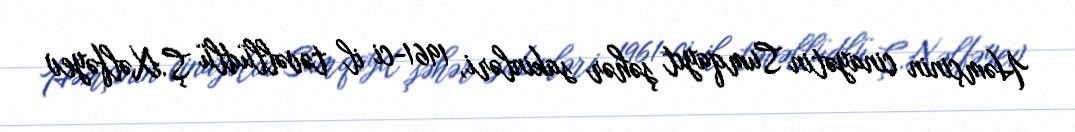
Həmçinin cinayətin Sumqayıt şəhər sakinləri, 1961-ci il təvəllüdlü Ş.Xəlfəyev